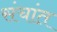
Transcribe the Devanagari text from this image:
संचांत